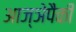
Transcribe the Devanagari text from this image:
आज्ञेपैकी